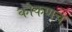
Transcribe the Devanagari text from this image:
कोकणच